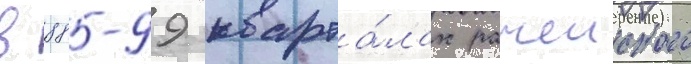
в 88-99 кварта́лах рачеиского